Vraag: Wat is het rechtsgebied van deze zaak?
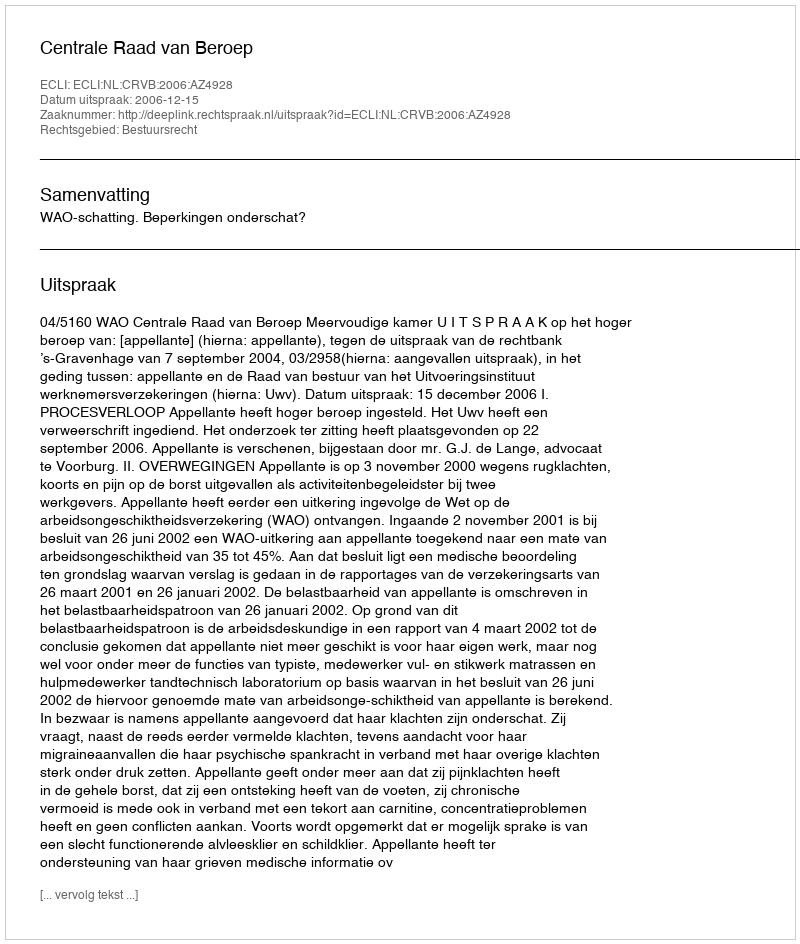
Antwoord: Bestuursrecht